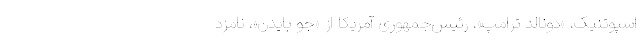
اسپوتنیک، «دونالد ترامپ»، رئیس‌جمهوری آمریکا از «جو بایدن»، نامزد